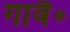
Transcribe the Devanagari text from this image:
गावै॰